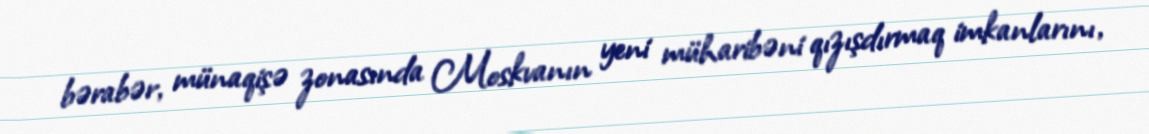
bərabər, münaqişə zonasında Moskvanın yeni müharibəni qızışdırmaq imkanlarını,